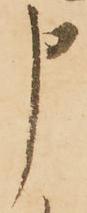
申